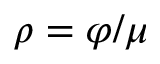
\rho = \varphi / \mu